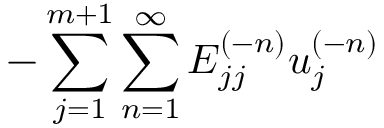
{ - \sum _ { j = 1 } ^ { m + 1 } \sum _ { n = 1 } ^ { \infty } E _ { j j } ^ { ( - n ) } u _ { j } ^ { ( - n ) } }